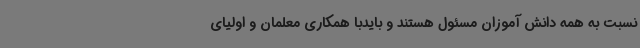
نسبت به همه دانش آموزان مسئول هستند و بایدبا همکاری معلمان و اولیای